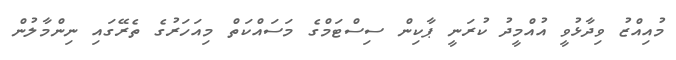
މުއިއްޒު ވިދާޅުވީ އުއްމީދު ކުރަނީ ޕާކިން ސިސްޓަމްގެ މަސައްކަތް މިއަހަރުގެ ތެރޭގައި ނިންމާލުން